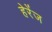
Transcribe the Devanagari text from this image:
हेरेंज